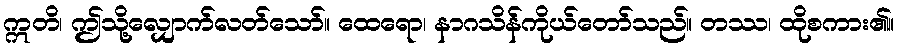
ဣတိ၊ ဤသို့လျှောက်လတ်သော်။ ထေရော၊ နာဂသိန်ကိုယ်တော်သည်။ တဿ၊ ထိုစကား၏။